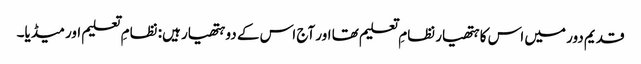
قدیم دور میں اس کا ہتھیار نظامِ تعلیم تھا اور آج اس کے دو ہتھیار ہیں: نظامِ تعلیم اور میڈیا۔